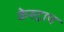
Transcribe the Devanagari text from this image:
केस्ट्राप